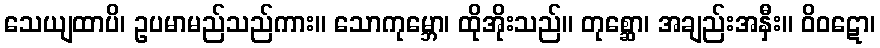
သေယျထာပိ၊ ဥပမာမည်သည်ကား။ သောကုမ္ဘော၊ ထိုအိုးသည်။ တုစ္ဆော၊ အချည်းအနှီး။ ဝိဝဋော၊